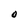
Character: O